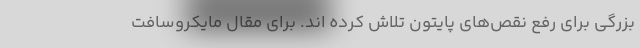
بزرگی برای رفع نقص‌های پایتون تلاش کرده اند. برای مقال مایکروسافت